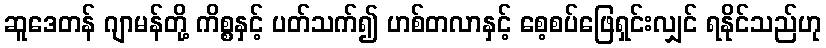
ဆူဒေတန် ဂျာမန်တို့ ကိစ္စနှင့် ပတ်သက်၍ ဟစ်တလာနှင့် စေ့စပ်ဖြေရှင်းလျှင် ရနိုင်သည်ဟု